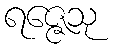
ရဇ္ဇေသု